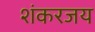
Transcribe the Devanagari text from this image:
शंकरजय